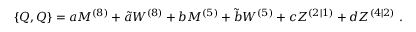
{ } \{ Q , Q \} = a M ^ { ( 8 ) } + \tilde { a } W ^ { ( 8 ) } + b M ^ { ( 5 ) } + \tilde { b } W ^ { ( 5 ) } + c Z ^ { ( 2 | 1 ) } + d Z ^ { ( 4 | 2 ) } \, \, .